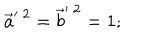
LaTeX: \vec { a } ^ { \prime \; 2 } = \vec { b } ^ { \prime \; 2 } = 1 ;